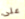
على